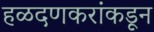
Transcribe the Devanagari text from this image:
हळदणकरांकडून